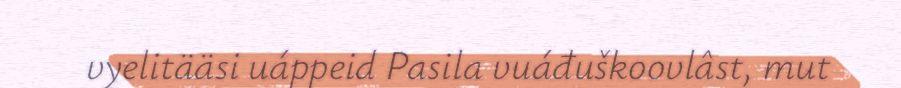
vyelitääsi uáppeid Pasila vuáđuškoovlâst, mut